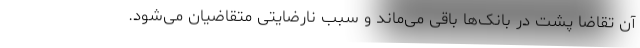
آن تقاضا پشت در بانک‌ها باقی‌ می‌ماند و سبب نارضایتی متقاضیان می‌شود‌.